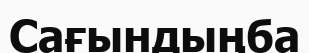
Сағындыңба